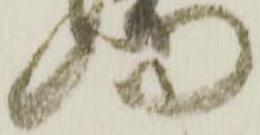
門